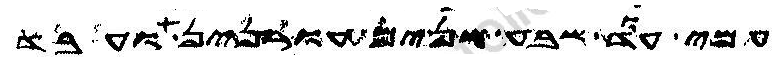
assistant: עמי עוד שבע שנים עורנין ועבד